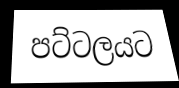
පට්ටලයට